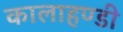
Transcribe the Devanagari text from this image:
कालाहण्डी